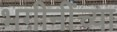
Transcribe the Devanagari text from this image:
भगीनींच्या